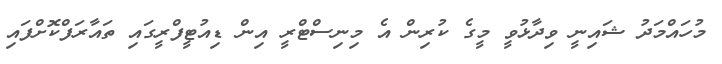
މުހައްމަދު ޝައިނީ ވިދާޅުވީ މީގެ ކުރިން އެ މިނިސްޓްރީ އިން ޑިއުޓީފްރީގައި ތައާރަފްކޮށްފައި